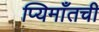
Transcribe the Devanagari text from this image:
प्यिमाँतची